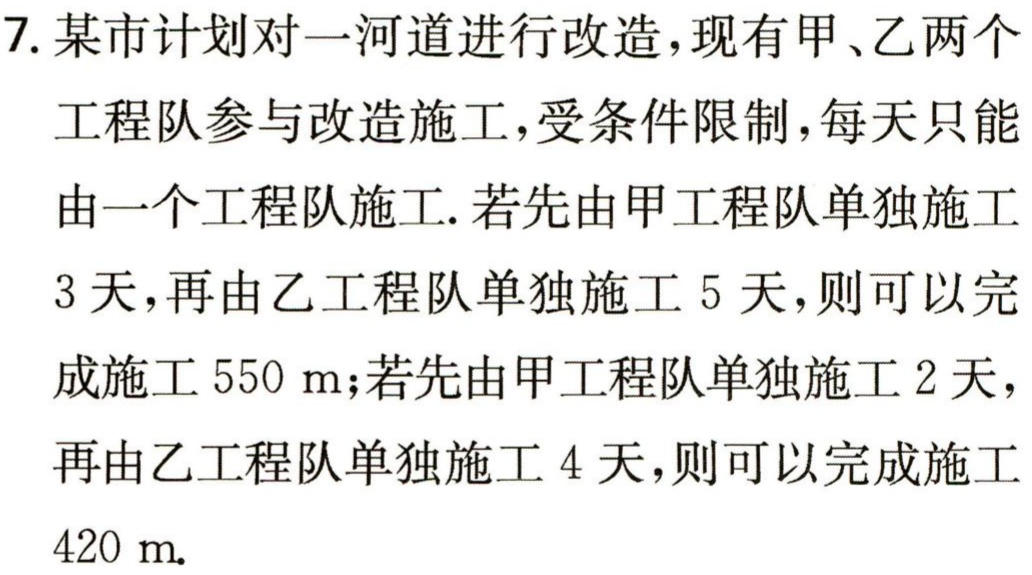
7. 某市计划对一河道进行改造，现有甲、乙两个

工程队参与改造施工，受条件限制，每天只能

由一个工程队施工. 若先由甲工程队单独施工

3 天，再由乙工程队单独施工 5 天，则可以完

成施工 550 m；若先由甲工程队单独施工 2 天，

再由乙工程队单独施工 4 天，则可以完成施工

420 m.